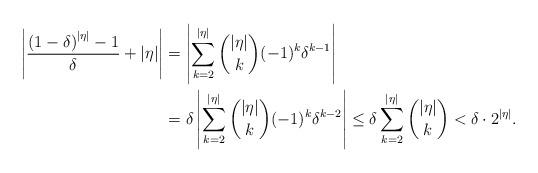
LaTeX: \begin{align*}\left\vert \frac{\left( 1-\delta \right) ^{\left\vert \eta\right\vert }-1}{\delta }+\left\vert \eta \right\vert \right\vert &=\left\vert\sum_{k=2}^{|\eta|} \binom{|\eta|}{k}(-1)^{k}\delta^{k-1}\right\vert\\&=\delta\left\vert\sum_{k=2}^{|\eta|} \binom{|\eta|}{k}(-1)^{k}\delta^{k-2}\right\vert\leq \delta \sum_{k=2}^{|\eta|} \binom{|\eta|}{k} <\delta\cdot 2^{|\eta|}.\end{align*}